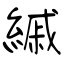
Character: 縬